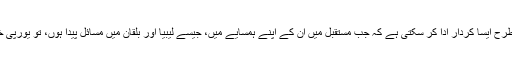
اس کے علاوہ، یورپی یونین کس طرح ایسا کردار ادا کر سکتی ہے کہ جب مستقبل میں ان کے اپنے ہمسایے میں، جیسے لیبیا اور بلقان میں مسائل پیدا ہوں، تو یورپی خود ان میں بڑھ چڑھ کر حصہ لیں۔